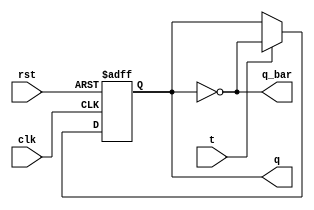
`timescale 1ns / 1ps

module t_ff(t,clk,rst,q,q_bar);
input t,clk,rst;
output reg q;
output q_bar;

assign q_bar = ~q;
  always@(posedge clk or posedge rst)
begin

if(rst)
q <= 0;
else begin
q <= t==1'b1 ? ~q : q; 
end

end
endmodule